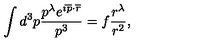
\int d ^ { 3 } p \frac { p ^ { \lambda } e ^ { i \overline { { p } } \cdot \overline { { r } } } } { p ^ { 3 } } = f \frac { r ^ { \lambda } } { r ^ { 2 } } ,